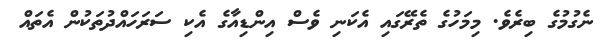
ނެގުމުގެ ބިރެވެ. މިމަހުގެ ތެރޭގައި އެކަނި ވެސް އިންޑިއާގެ އެކި ސަރަހައްދުތަކުން އެތައް